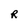
Character: R